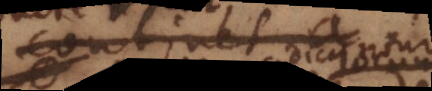
continet a